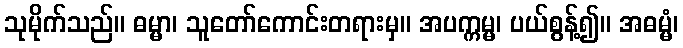
သုမိုက်သည်။ ဓမ္မာ၊ သူတော်ကောင်းတရားမှ။ အပက္ကမ္မ၊ ပယ်စွန့်၍။ အဓမ္မံ၊